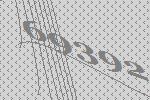
69392